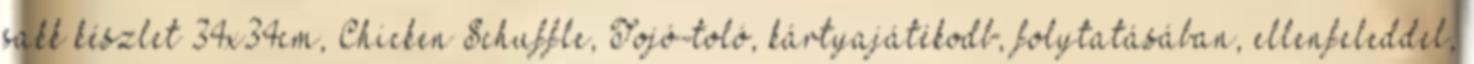
sakk készlet 34x34cm, Chicken Schuffle, Tojó-toló, kártyajátékodb, folytatásában, ellenfeleddel,